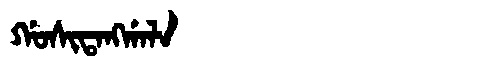
Manchu: ᡤᠣᠰᡳᡨᠠᠩᡤᠠᠯᠠ
Romanization: GOSITANGGALA